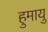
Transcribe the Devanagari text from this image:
हुमायु